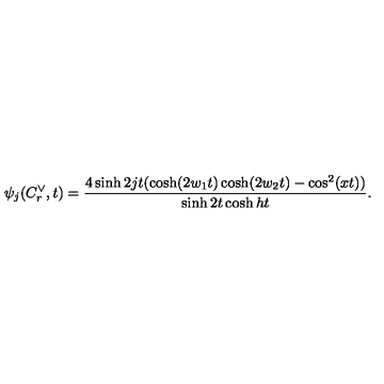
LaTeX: \psi _ { j } ( C _ { r } ^ { \vee } , t ) = \frac { 4 \sinh 2 j t ( \cosh ( 2 w _ { 1 } t ) \cosh ( 2 w _ { 2 } t ) - \cos ^ { 2 } ( x t ) ) } { \sinh 2 t \cosh h t } .